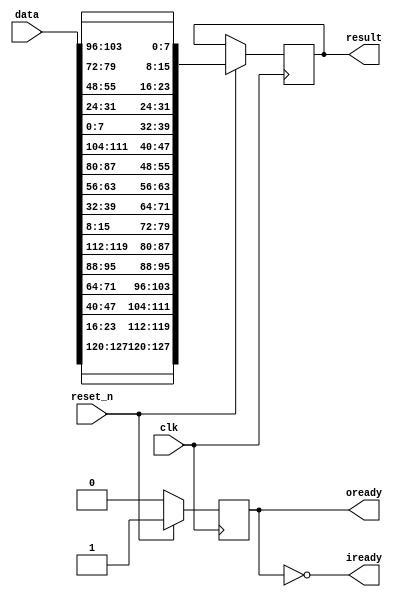
module aes_invshiftrows (
	input wire				clk,
	input wire				reset_n,
	input wire [127:0]		data,
	output wire [127:0]		result,
	output wire				iready,
	output wire				oready		
  );
  
  reg [127:0]		input_buffer, output_buffer;
  reg				tmp_iready, tmp_oready;
  
  assign iready = !tmp_iready;
  assign oready = tmp_oready;
  assign result = output_buffer;
  
  initial 
  begin
  	tmp_iready = 1'b0;
  	tmp_oready = 1'b0;
  end 
  
  function [127:0] inv_shiftrows(input [127:0] data);
  	reg [31:0] w0, w1, w2, w3;
  	reg [31:0] ws0, ws1, ws2, ws3;
  	
  	begin
  		w0 = data[127:096];
  		w1 = data[095:064];
  		w2 = data[063:032];
  		w3 = data[031:000];
  		
  		ws0 = {w0[31:24], w3[23:16], w2[15:08], w1[07:00]};
  		ws1 = {w1[31:24], w0[23:16], w3[15:08], w2[07:00]};
  		ws2 = {w2[31:24], w1[23:16], w0[15:08], w3[07:00]};
  		ws3 = {w3[31:24], w2[23:16], w1[15:08], w0[07:00]};
  		
  		inv_shiftrows = {ws0, ws1, ws2, ws3};
  	end
  endfunction
  
  always @ (posedge clk)
  begin
  	if (reset_n)
  		begin
  			input_buffer = data;
  			tmp_iready = 1'b1;
  	
  			output_buffer = inv_shiftrows(input_buffer);
  			tmp_oready = 1'b1;
  		end
  	else
  		begin
  			tmp_iready = 1'b0;
  			tmp_oready = 1'b0;
  		end
  end
endmodule